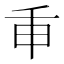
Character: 𢆍